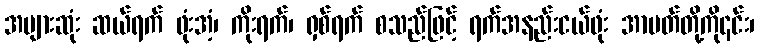
အများဆုံး ဆယ်ရက် ဖုံးအံ့၊ ကိုးရက်၊ ရှစ်ရက် စသည်ဖြင့် ရက်အနည်းငယ်ဖုံး အာပတ်တို့ကို၎င်း၊